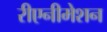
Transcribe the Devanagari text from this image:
रीएनीमेशन